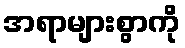
အရာများစွာကို